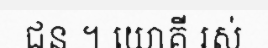
ជន ។ យោគី រស់